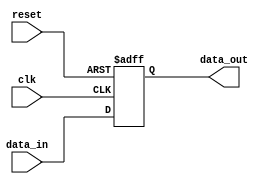
module event_control_example (
    input wire clk,         // Clock input
    input wire reset,       // Reset input
    input wire data_in,     // Data input
    output reg data_out     // Data output
);

    // Initial block to set initial conditions
    initial begin
        data_out = 0;       // Initialize data_out to 0
    end

    // Always block triggered on the rising edge of clk or when reset is asserted
    always @(posedge clk or posedge reset) begin
        if (reset) begin
            data_out <= 0;   // Reset data_out to 0
        end else begin
            data_out <= data_in; // Update data_out with data_in on rising edge of clk
        end
    end

endmodule